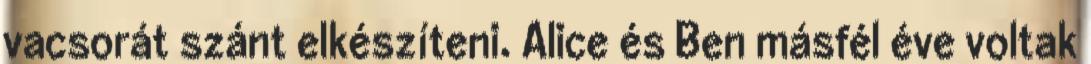
vacsorát szánt elkészíteni. Alice és Ben másfél éve voltak